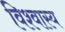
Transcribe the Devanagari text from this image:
विश्वास्य